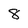
Character: 8